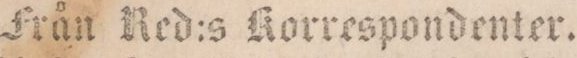
Från Red:s Korrespondenter.